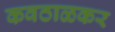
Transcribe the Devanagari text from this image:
कवठाळकर